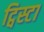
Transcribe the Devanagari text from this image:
ट्विस्टा